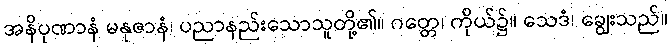
အနိပုဏာနံ မနုဇာနံ၊ ပညာနည်းသောသူတို့၏။ ဂတ္တေ၊ ကိုယ်၌။ သေဒံ၊ ချွေးသည်။